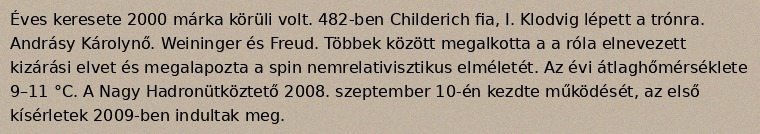
Éves keresete 2000 márka körüli volt. 482-ben Childerich fia, I. Klodvig lépett a trónra. Andrásy Károlynő. Weininger és Freud. Többek között megalkotta a a róla elnevezett kizárási elvet és megalapozta a spin nemrelativisztikus elméletét. Az évi átlaghőmérséklete 9–11 °C. A Nagy Hadronütköztető 2008. szeptember 10-én kezdte működését, az első kísérletek 2009-ben indultak meg.